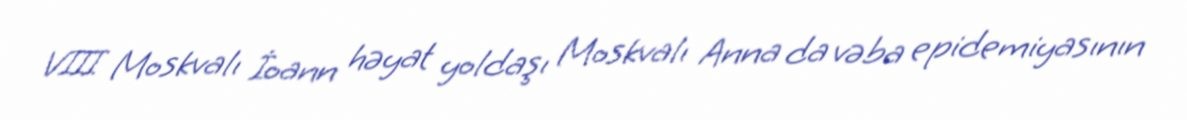
VIII Moskvalı İoann həyat yoldaşı Moskvalı Anna da vəba epidemiyasının